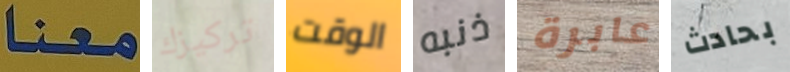
معنا تركيزك الوقت ذنبه عابرة بحادث